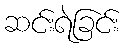
ဆင်းရဲခြင်း